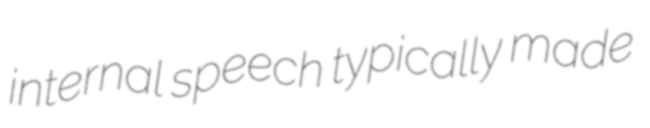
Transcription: internal speech typically made